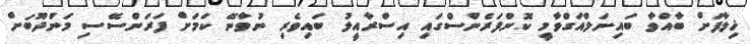
ޚިލާފަށް ބާއްވާ ބައިނަލްއަގްވާމީ ކޮންފަރެންސްގައި އިސްރާއީލު ބައިވެރި ނުވާނޭ ކަމަށް ފަރަންސޭސި މަންދޫބަށް